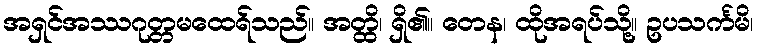
အရှင်အဿဂုတ္တမထေရ်သည်။ အတ္ထိ၊ ရှိ၏။ တေန၊ ထိုအရပ်သို့။ ဥပသင်္ကမိ၊